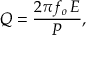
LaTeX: Q = { \frac { 2 \pi f _ { o } \, E } { P } } ,